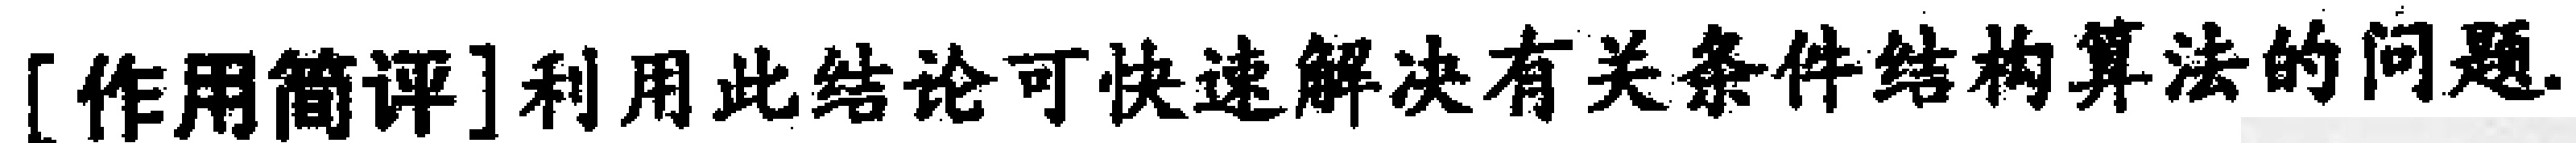
[作用简评]利用此结论可快速解决有关条件结构算法的问题.